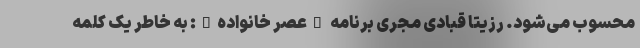
محسوب می‌شود. رزیتا قبادی مجری برنامه "عصر خانواده": به خاطر یک کلمه